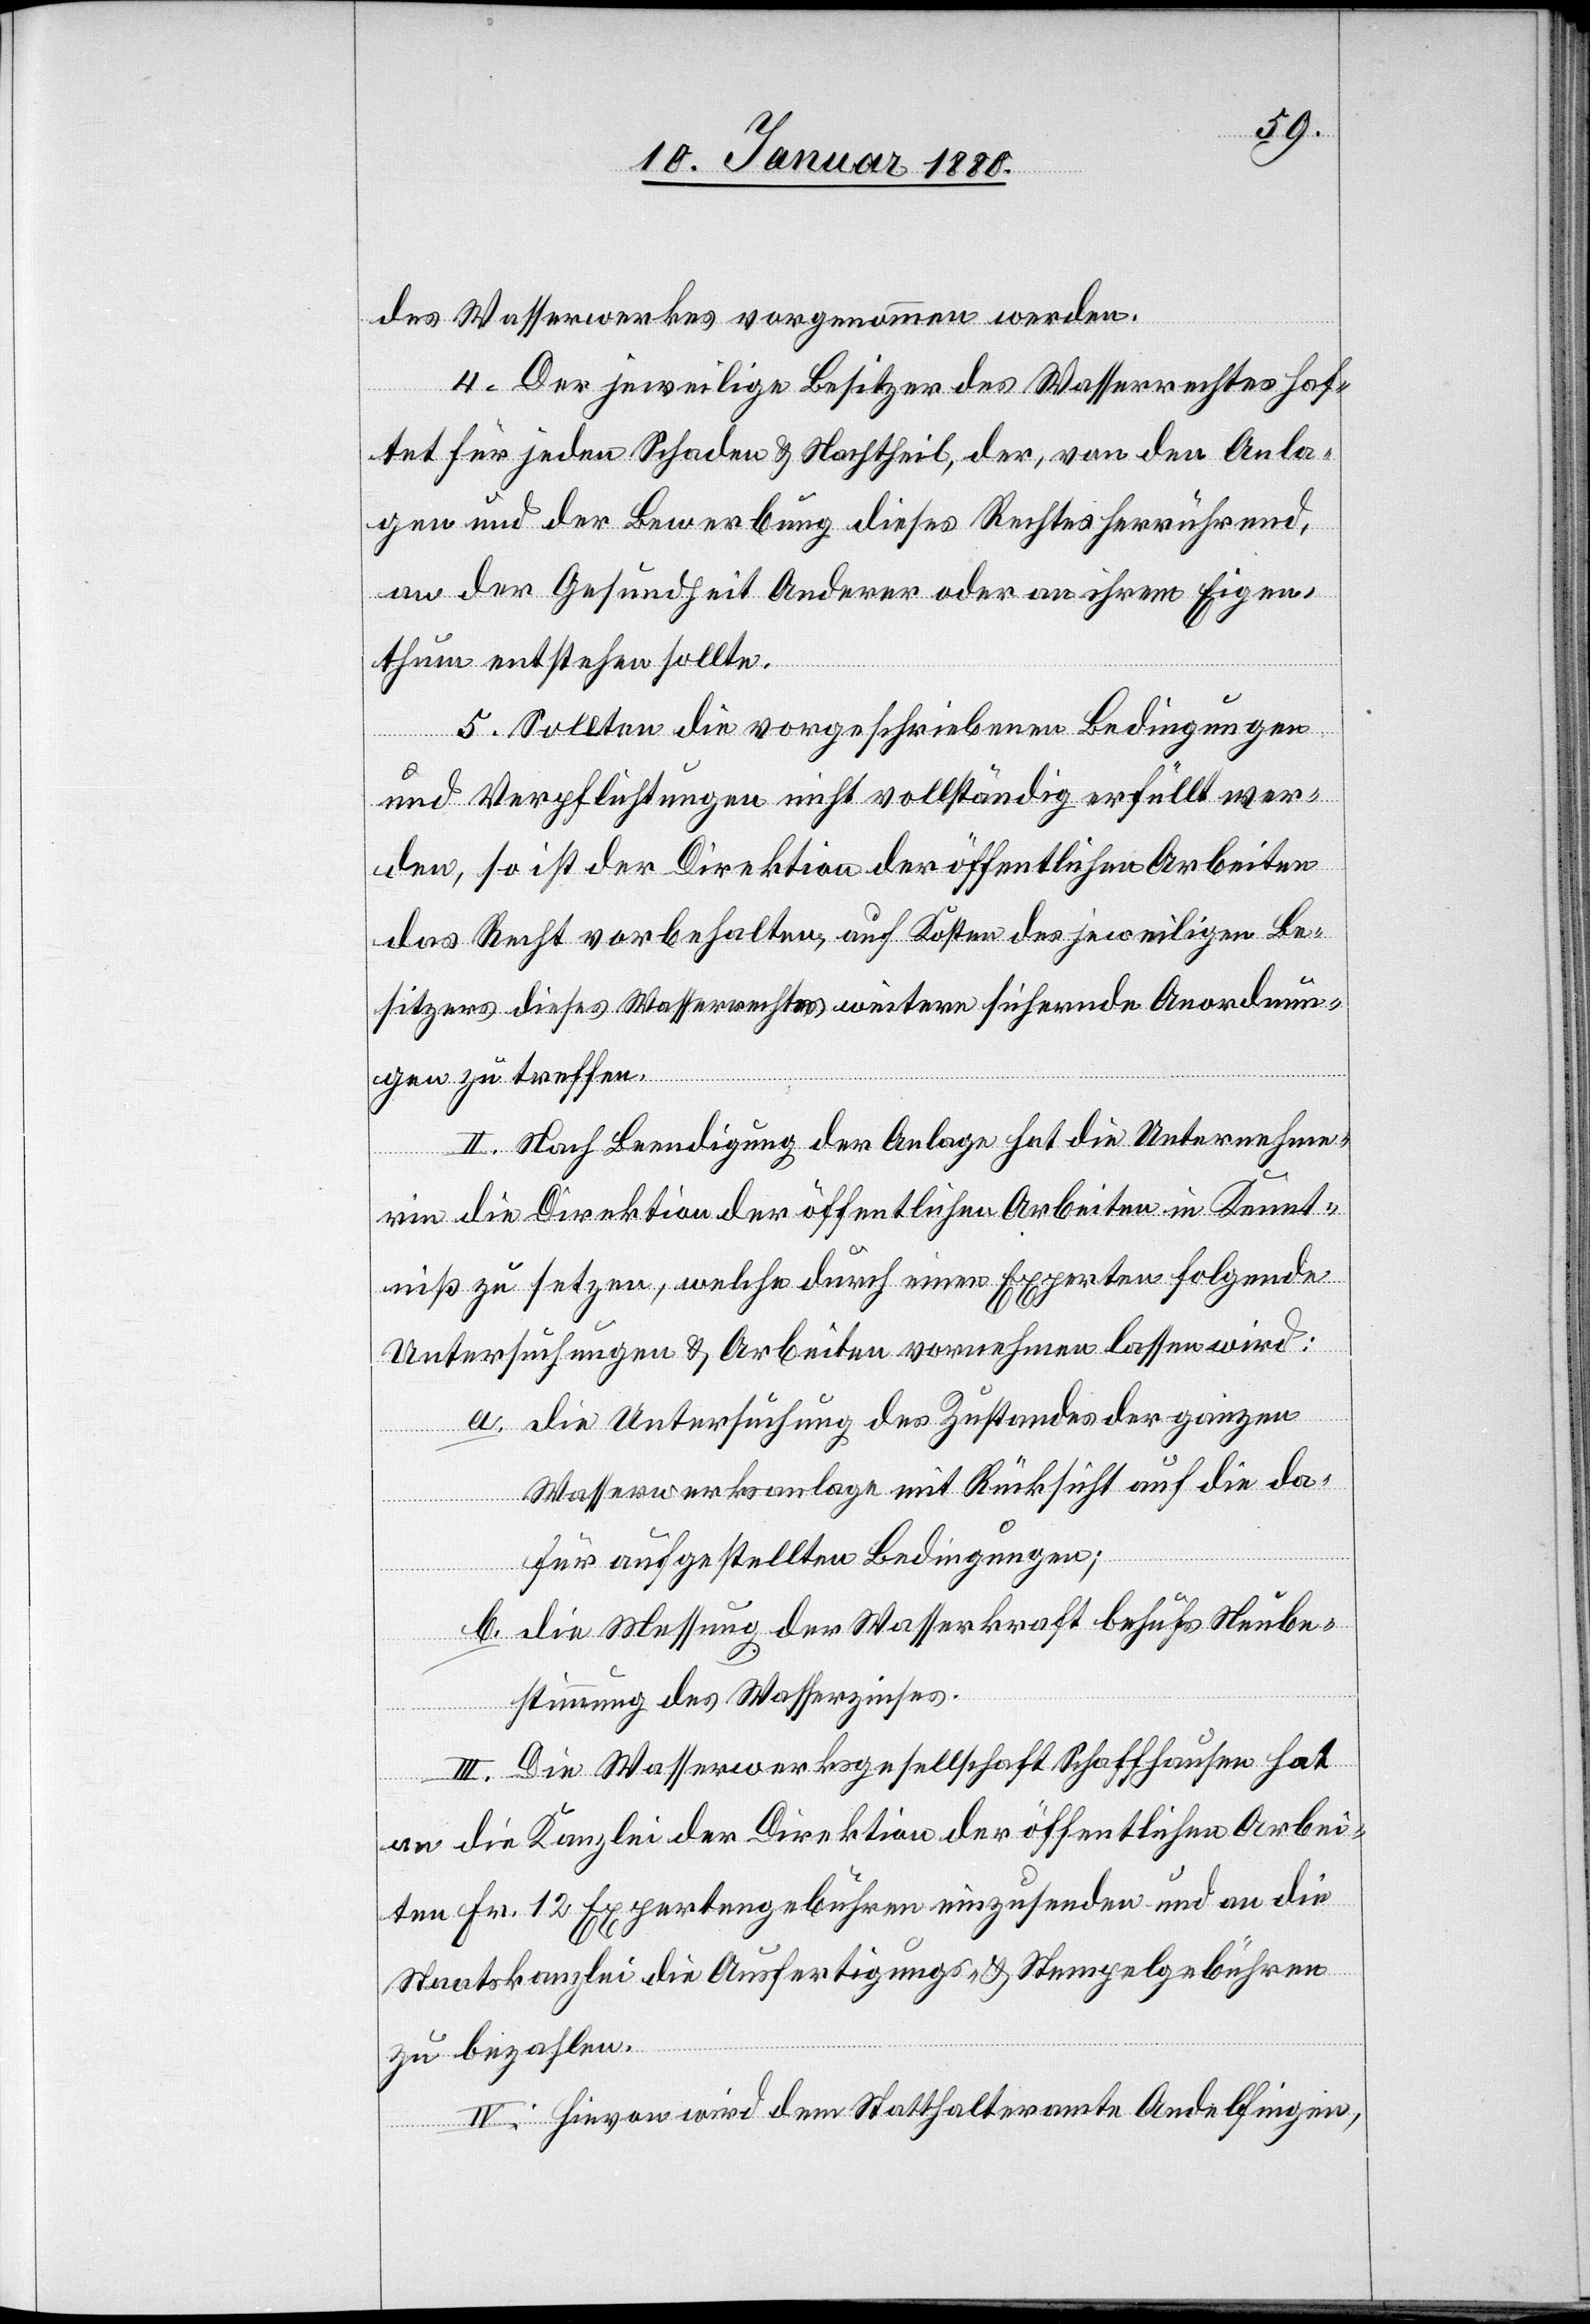
des Wasserwerkes vorgenommen werden.
4. Der jeweilige Besitzer des Wasserrechtes haf¬
tet für jeden Schaden & Nachtheil, der, von den Anlan¬
gen und der Bewerbung dieses Rechtes herrührend,
an der Gesundheit Anderer oder an ihrem Eigen¬
thum entstehen sollte.
5. Sollten die vorgeschriebenen Bedingungen
und Verpflichtungen nicht vollständig erfüllt wer¬
den, so ist der Direktion der öffentlichen Arbeiten
das Recht vorbehalten, auf Kosten des jeweiligen Be¬
sitzers dieses Wasserrechtes sichernde Anordnungen
II. Nach Beendigung der Anlage hat die Unternehme¬
zu treffen.
rin die Direktion der öffentlichen Arbeiten in Kennt¬
niß zu setzen, welche durch einen Experten folgende
Untersuchungen & Arbeiten vornehmen lassen wird:
a. Die Untersuchung des Zustandes der ganzen
Wasserwerksanlage mit Rücksicht auf die da¬
für aufgestellten Bedingungen;
b. Die Messung der Wasserkraft behufs Neube¬
stimmung des Wasserzinses.
III. Die Wasserwerksgesellschaft Schaffhausen hat
an die Kanzlei der Direktion der öffentlichen Arbei¬
ten Fr. 12 Expertengebühren einzusenden und an die
Staatskanzlei die Ausfertigungs- & Stempelgebühren
zu bezahlen.
IV. Hievon wird dem Statthalteramte Andelfingen,